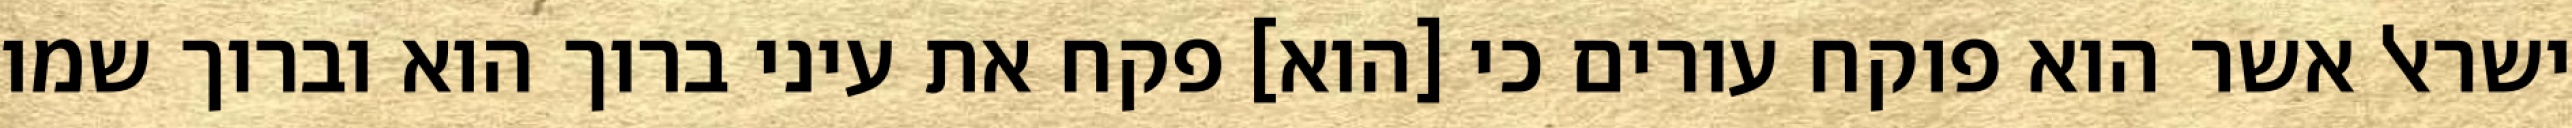
ישראל אשר הוא פוקח עורים כי [הוא] פקח את עיני ברוך הוא וברוך שמו